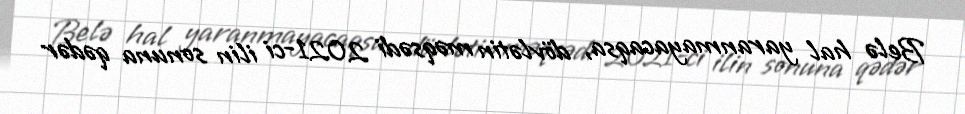
Belə hal yaranmayacaqsa, dövlətin məqsədi 2021-ci ilin sonuna qədər